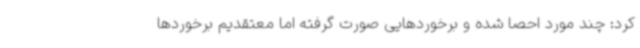
کرد: چند مورد احصا شده و برخوردهایی صورت گرفته اما معتقدیم برخوردها